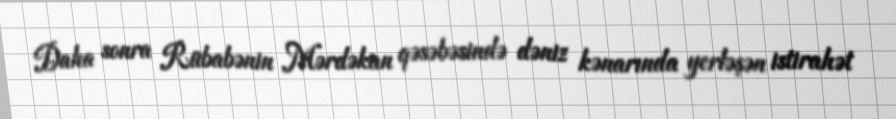
Daha sonra Rübabənin Mərdəkan qəsəbəsində dəniz kənarında yerləşən istirahət